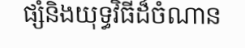
ផ្សំនិងយុទ្ធវិធីដ៏ចំណាន